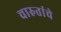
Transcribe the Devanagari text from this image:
चारुतांचे